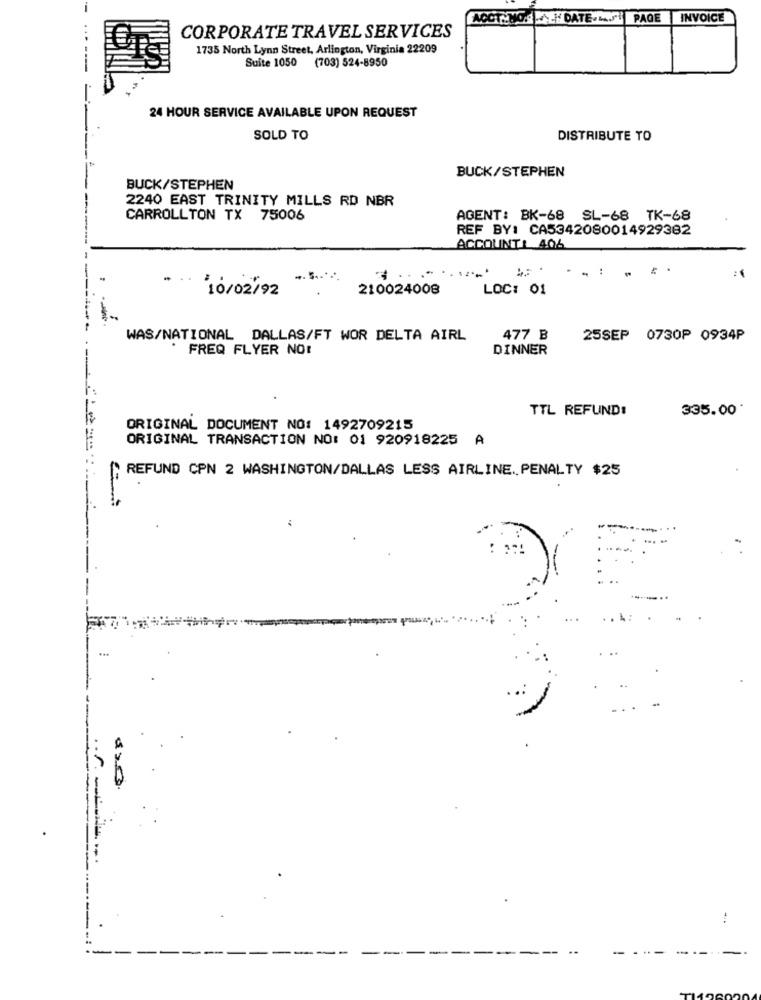
DATE-
PAGE
INVOICE
CORPORATE TRAVEL SERVICES
1735 North Lynn Street, Arlington, Virginia 22209
Suite 1050 (703) 524-8950
24 HOUR SERVICE AVAILABLE UPON REQUEST
SOLD TO
DISTRIBUTE TO
BUCK/STEPHEN
BUCK/STEPHEN
2240 EAST TRINITY MILLS RD NBR
CARROLLTON TX 75006
AGENT: BK-68 SL-68 TK-68
REF BY: CA5342080014929382
ACCOUNT: 406
....
10/02/92
210024008
LOC: 01
------
WAS/NATIONAL DALLAS/FT WOR DELTA AIRL
477 B
25SEP 0730P 0934P
FREQ FLYER NOT
DINNER
TTL REFUND:
335.00'
ORIGINAL DOCUMENT NO: 1492709215
ORIGINAL TRANSACTION NO: 01 920918225 A
REFUND CPN 2 WASHINGTON/DALLAS LESS AIRLINE. PENALTY $25
:
.... -
: